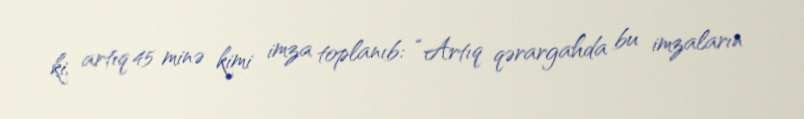
ki, artıq 45 minə kimi imza toplanıb: “Artıq qərargahda bu imzaların